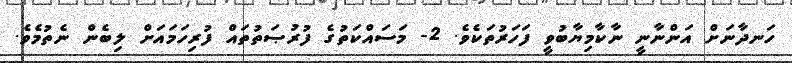
ހަނދާނަށް އަންނާނީ ނާކާމިޔާބުވީ ފަހަރުތަކެވެ. 2- މަސައްކަތުގެ ފުރުޞަތުތައް ފުރިހަމައަށް ލިބެން ނެތުމެވެ.